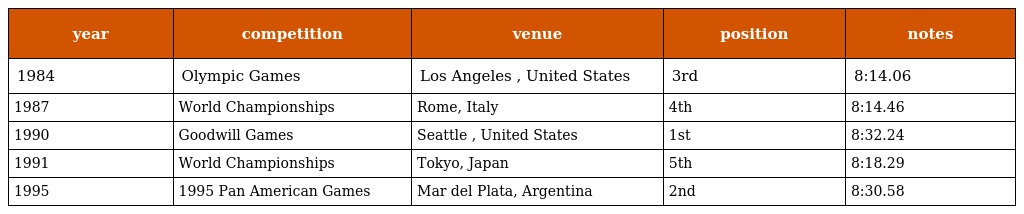
| year | competition | venue | position | notes |
 | --- | --- | --- | --- | --- |
 | 1984 | Olympic Games | Los Angeles , United States | 3rd | 8:14.06 |
 | 1987 | World Championships | Rome, Italy | 4th | 8:14.46 |
 | 1990 | Goodwill Games | Seattle , United States | 1st | 8:32.24 |
 | 1991 | World Championships | Tokyo, Japan | 5th | 8:18.29 |
 | 1995 | 1995 Pan American Games | Mar del Plata, Argentina | 2nd | 8:30.58 |